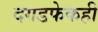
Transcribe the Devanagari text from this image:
दगडफेकही